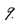
Character: 9